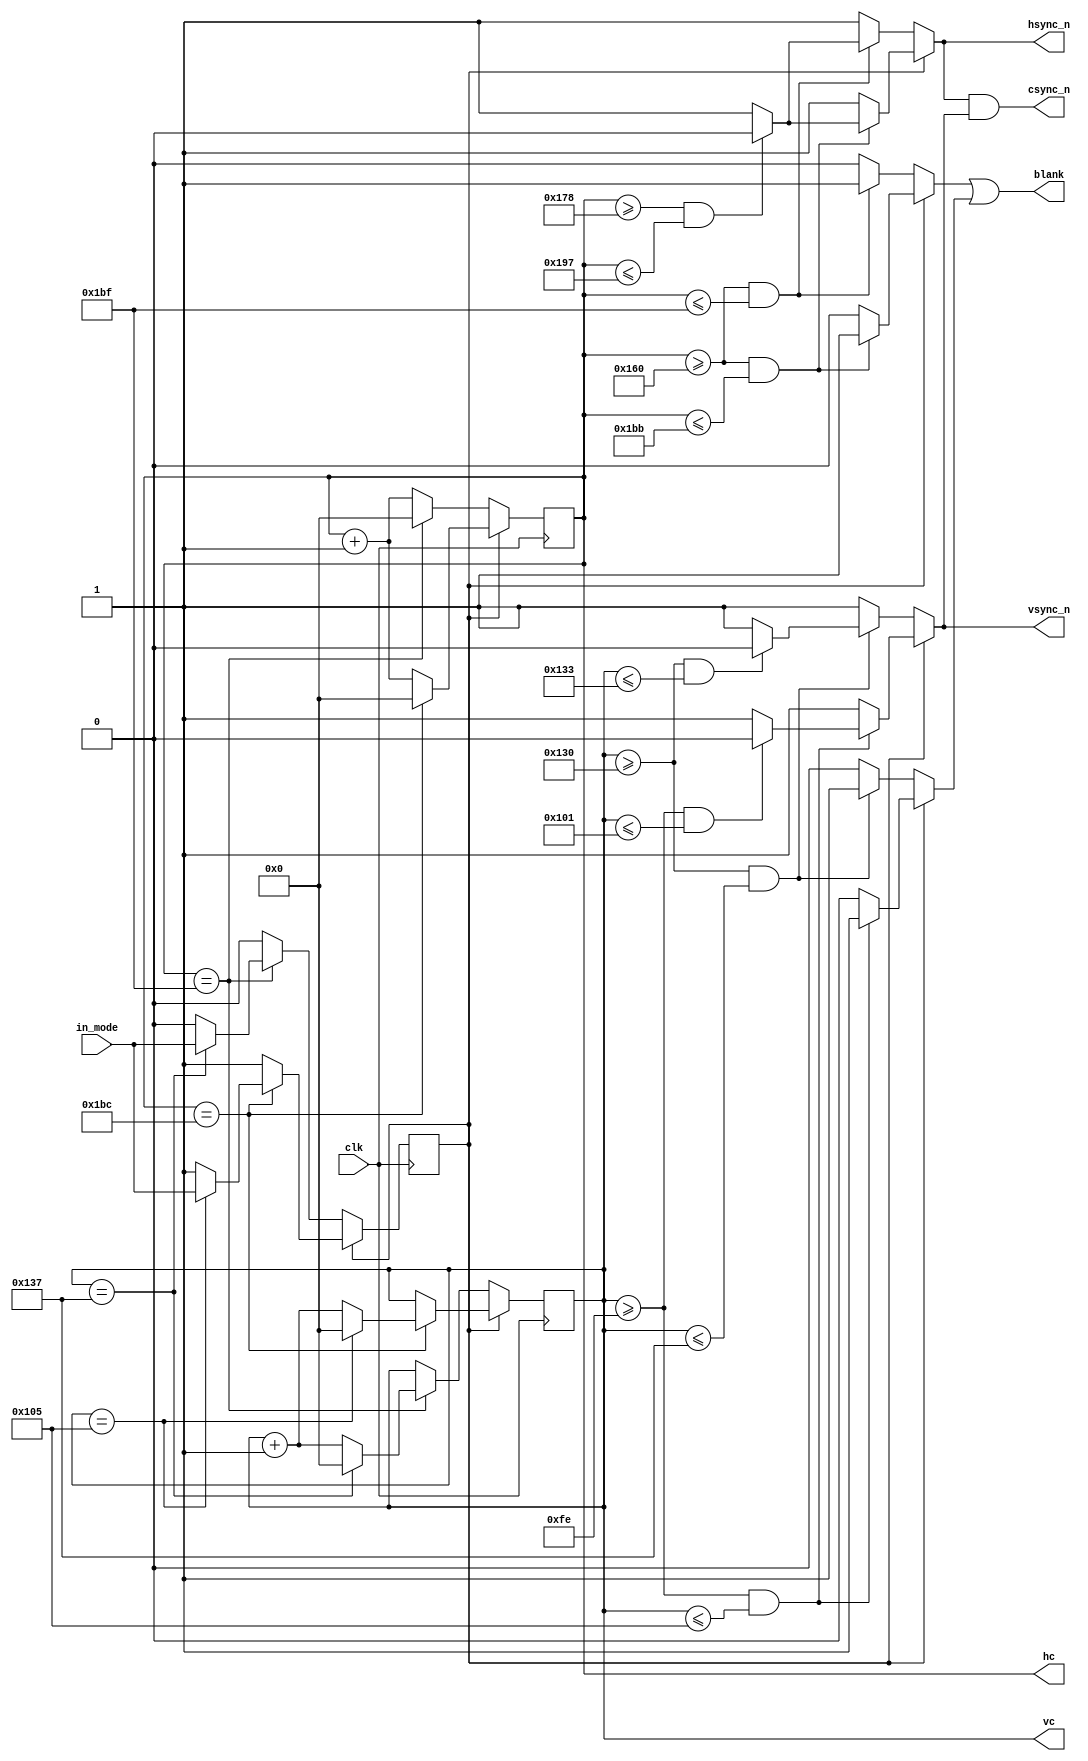
`timescale 1ns / 1ps
`default_nettype none

//////////////////////////////////////////////////////////////////////////////////
// Company: 
// Engineer: 
// 
// Design Name: 
// Module Name:    sync_generator_pal_ntsc 
// Project Name:  
// Target Devices: 
// Tool versions: 
// Description: 
//
// Dependencies: 
//
// Revision: 
// Revision 0.01 - File Created
// Additional Comments: 
//
//////////////////////////////////////////////////////////////////////////////////
module sync_generator_pal_ntsc (
    input wire clk,   // 7 MHz
    input wire in_mode,  // 0: PAL, 1: NTSC
    output reg csync_n,
    output reg hsync_n,
    output reg vsync_n,
    output wire [8:0] hc,
    output wire [8:0] vc,
    output reg blank
    );
    
    parameter PAL  = 1'b0;
    parameter NTSC = 1'b1;
    
    reg [8:0] h = 9'd0;
    reg [8:0] v = 9'd0;
    reg mode = PAL;
    assign hc = h;
    assign vc = v;
    
    always @(posedge clk) begin
        if (mode == PAL) begin
            if (h == 9'd447) begin
                h <= 9'd0;
                if (v == 9'd311) begin
                    v <= 9'd0;
                    mode <= in_mode;
                end
                else
                    v <= v + 9'd1;
            end
            else
                h <= h + 9'd1;
        end
        else begin // NTSC
            if (h == 9'd444) begin
                h <= 9'd0;
                if (v == 9'd261) begin
                    v <= 9'd0;
                    mode <= in_mode;
                end
                else
                    v <= v + 9'd1;
            end
            else
                h <= h + 9'd1;
        end
    end
    
    reg vblank, hblank;
    always @* begin
        vblank = 1'b0;
        hblank = 1'b0;
        vsync_n = 1'b1;
        hsync_n = 1'b1;
        if (mode == PAL) begin
            if (v >= 9'd304 && v <= 9'd311) begin
                vblank = 1'b1;
                if (v >= 9'd304 && v <= 9'd307) begin
                    vsync_n = 1'b0;
                end
            end
            if (h >= 9'd352 && h <= 9'd447) begin
                hblank = 1'b1;
                if (h >= 9'd376 && h <= 9'd407) begin
                    hsync_n = 1'b0;
                end
            end
        end
        else begin // NTSC
            if (v >= 9'd254 && v <= 9'd261) begin
                vblank = 1'b1;
                if (v >= 9'd254 && v <= 9'd257) begin
                    vsync_n = 1'b0;
                end
            end
            if (h >= 9'd352 && h <= 9'd443) begin
                hblank = 1'b1;
                if (h >= 9'd376 && h <= 9'd407) begin
                    hsync_n = 1'b0;
                end
            end
        end
        blank = hblank | vblank;
        csync_n = hsync_n & vsync_n;
    end
endmodule